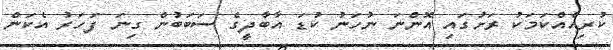
ކުރިއެއްކަމަކު ރަށުގައި އޮންނަ ނުހަނު ކުޑަ އާބާދީގެ ސަބަބުން ގިނަ ފަހަރު އެކަން